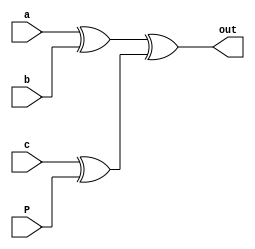
module even_parity( input a,b,c,P, output out);
  assign out=((a^b)^(c^P));
endmodule